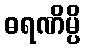
ဓရဏိမ္ပိ